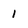
Character: 1